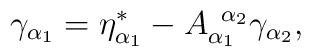
\gamma _{\alpha _1}=\eta _{\alpha _1}^{*}-A_{\alpha_1}^{\;\;\alpha _2}\gamma _{\alpha _2},